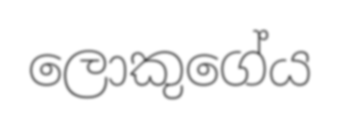
ලොකුගේය